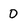
Character: 0